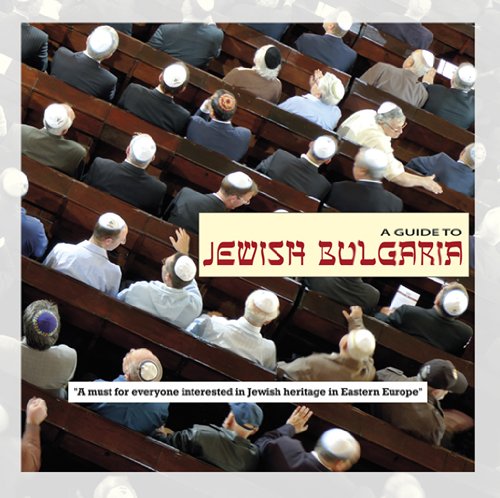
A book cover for A Guide to Jewish Bulgaria; Dimana Trankova; Travel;